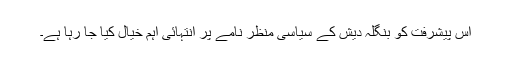
اس پیشرفت کو بنگلہ دیش کے سیاسی منظر نامے پر انتہائی اہم خیال کیا جا رہا ہے۔